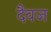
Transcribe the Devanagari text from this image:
दैवज